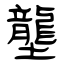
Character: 壟